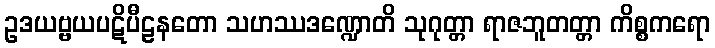
ဥဒယဗ္ဗယပဋိပီဠနတော သဟဿဒဏ္ဍောတိ သုဂုတ္တာ ရာဇဘူတတ္တာ ကိစ္စကရော